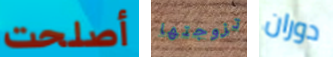
أصلحت تزوجتها دوران